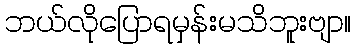
ဘယ်လိုပြောရမှန်းမသိဘူးဗျာ။